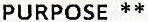
PURPOSE **